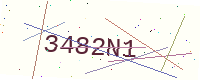
Text: 3482N1